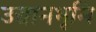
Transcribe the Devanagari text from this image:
उद्यानभूमि